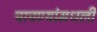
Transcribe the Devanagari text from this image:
चाचण्यांमधली